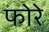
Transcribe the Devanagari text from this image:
फोरे